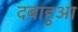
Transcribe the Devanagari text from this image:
दबाहुआ